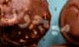
ميجور